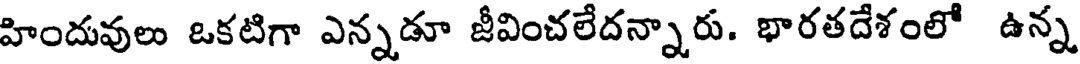
హిందువులు ఒకటిగా ఎన్నడూ జీవించలేదన్నారు. భారతదేశంలో ఉన్న